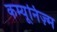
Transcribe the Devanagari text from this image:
कम्यूनिज़्म